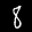
Label: 8